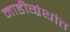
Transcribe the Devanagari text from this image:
नाडीग्रंथांत